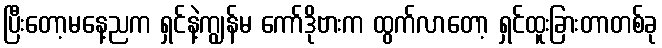
ပြီးတော့မနေ့ညက ရှင်နဲ့ကျွန်မ ကော်ဒိုဗားက ထွက်လာတော့ ရှင်ထူးခြားတာတစ်ခု